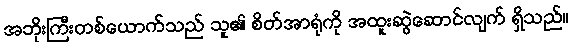
အဘိုးကြီးတစ်ယောက်သည် သူ၏ စိတ်အာရုံကို အထူးဆွဲဆောင်လျက် ရှိသည်။